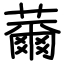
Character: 薾